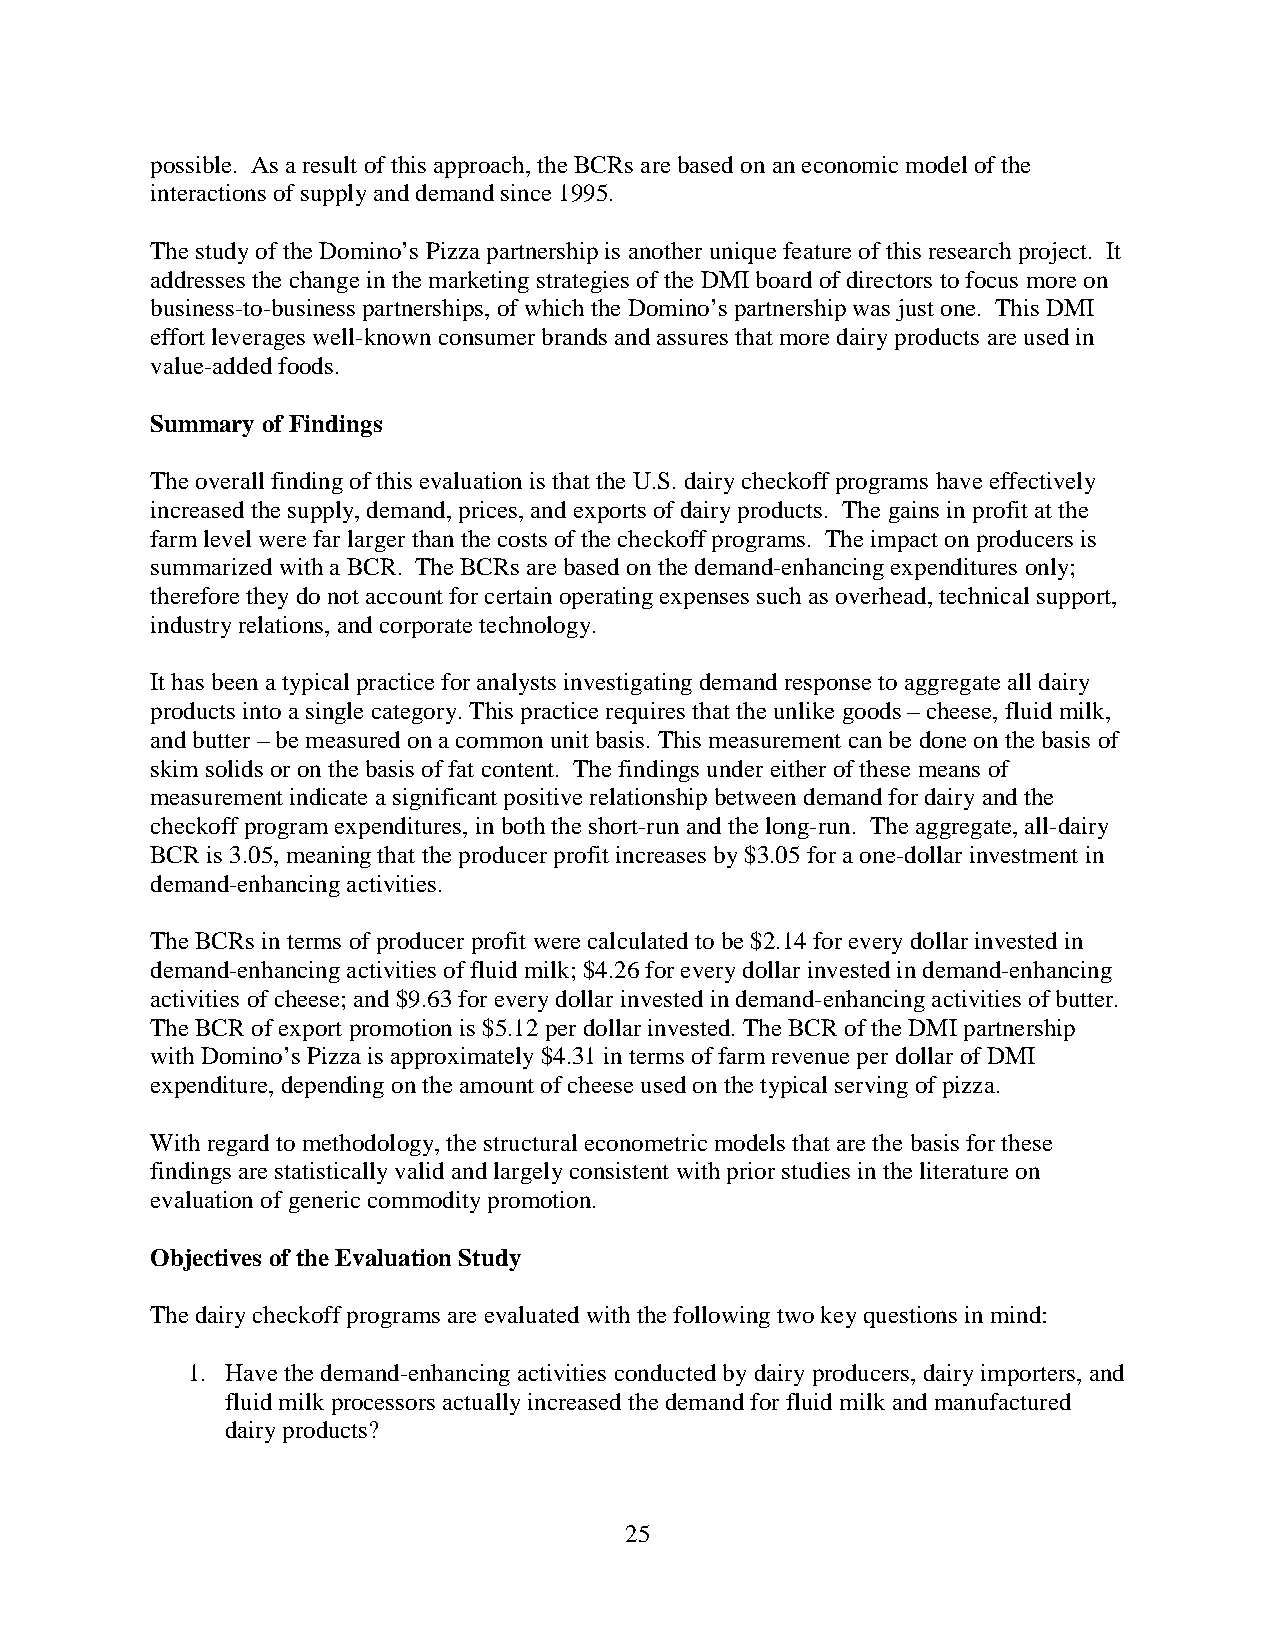
possible. As a result of this approach, the BCRs are based on an economic model of the
 interactions of supply and demand since 1995.
 The study of the Domino’s Pizza partnership is another unique feature of this research project. It
 addresses the change in the marketing strategies of the DMI board of directors to focus more on
 business-to-business partnerships, of which the Domino’s partnership was just one. This DMI
 effort leverages well-known consumer brands and assures that more dairy products are used in
 value-added foods.
 Summary of Findings
 The overall finding of this evaluation is that the U.S. dairy checkoff programs have effectively
 increased the supply, demand, prices, and exports of dairy products. The gains in profit at the
 farm level were far larger than the costs of the checkoff programs. The impact on producers is
 summarized with a BCR. The BCRs are based on the demand-enhancing expenditures only;
 therefore they do not account for certain operating expenses such as overhead, technical support,
 industry relations, and corporate technology.
 It has been a typical practice for analysts investigating demand response to aggregate all dairy
 products into a single category. This practice requires that the unlike goods – cheese, fluid milk,
 and butter – be measured on a common unit basis. This measurement can be done on the basis of
 skim solids or on the basis of fat content. The findings under either of these means of
 measurement indicate a significant positive relationship between demand for dairy and the
 checkoff program expenditures, in both the short-run and the long-run. The aggregate, all-dairy
 BCR is 3.05, meaning that the producer profit increases by $3.05 for a one-dollar investment in
 demand-enhancing activities.
 The BCRs in terms of producer profit were calculated to be $2.14 for every dollar invested in
 demand-enhancing activities of fluid milk; $4.26 for every dollar invested in demand-enhancing
 activities of cheese; and $9.63 for every dollar invested in demand-enhancing activities of butter.
 The BCR of export promotion is $5.12 per dollar invested. The BCR of the DMI partnership
 with Domino’s Pizza is approximately $4.31 in terms of farm revenue per dollar of DMI
 expenditure, depending on the amount of cheese used on the typical serving of pizza.
 With regard to methodology, the structural econometric models that are the basis for these
 findings are statistically valid and largely consistent with prior studies in the literature on
 evaluation of generic commodity promotion.
 Objectives of the Evaluation Study
 The dairy checkoff programs are evaluated with the following two key questions in mind:
 1. Have the demand-enhancing activities conducted by dairy producers, dairy importers, and
 fluid milk processors actually increased the demand for fluid milk and manufactured
 dairy products?
 25